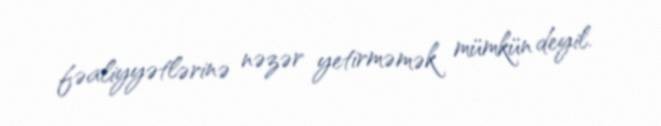
fəaliyyətlərinə nəzər yetirməmək mümkün deyil.